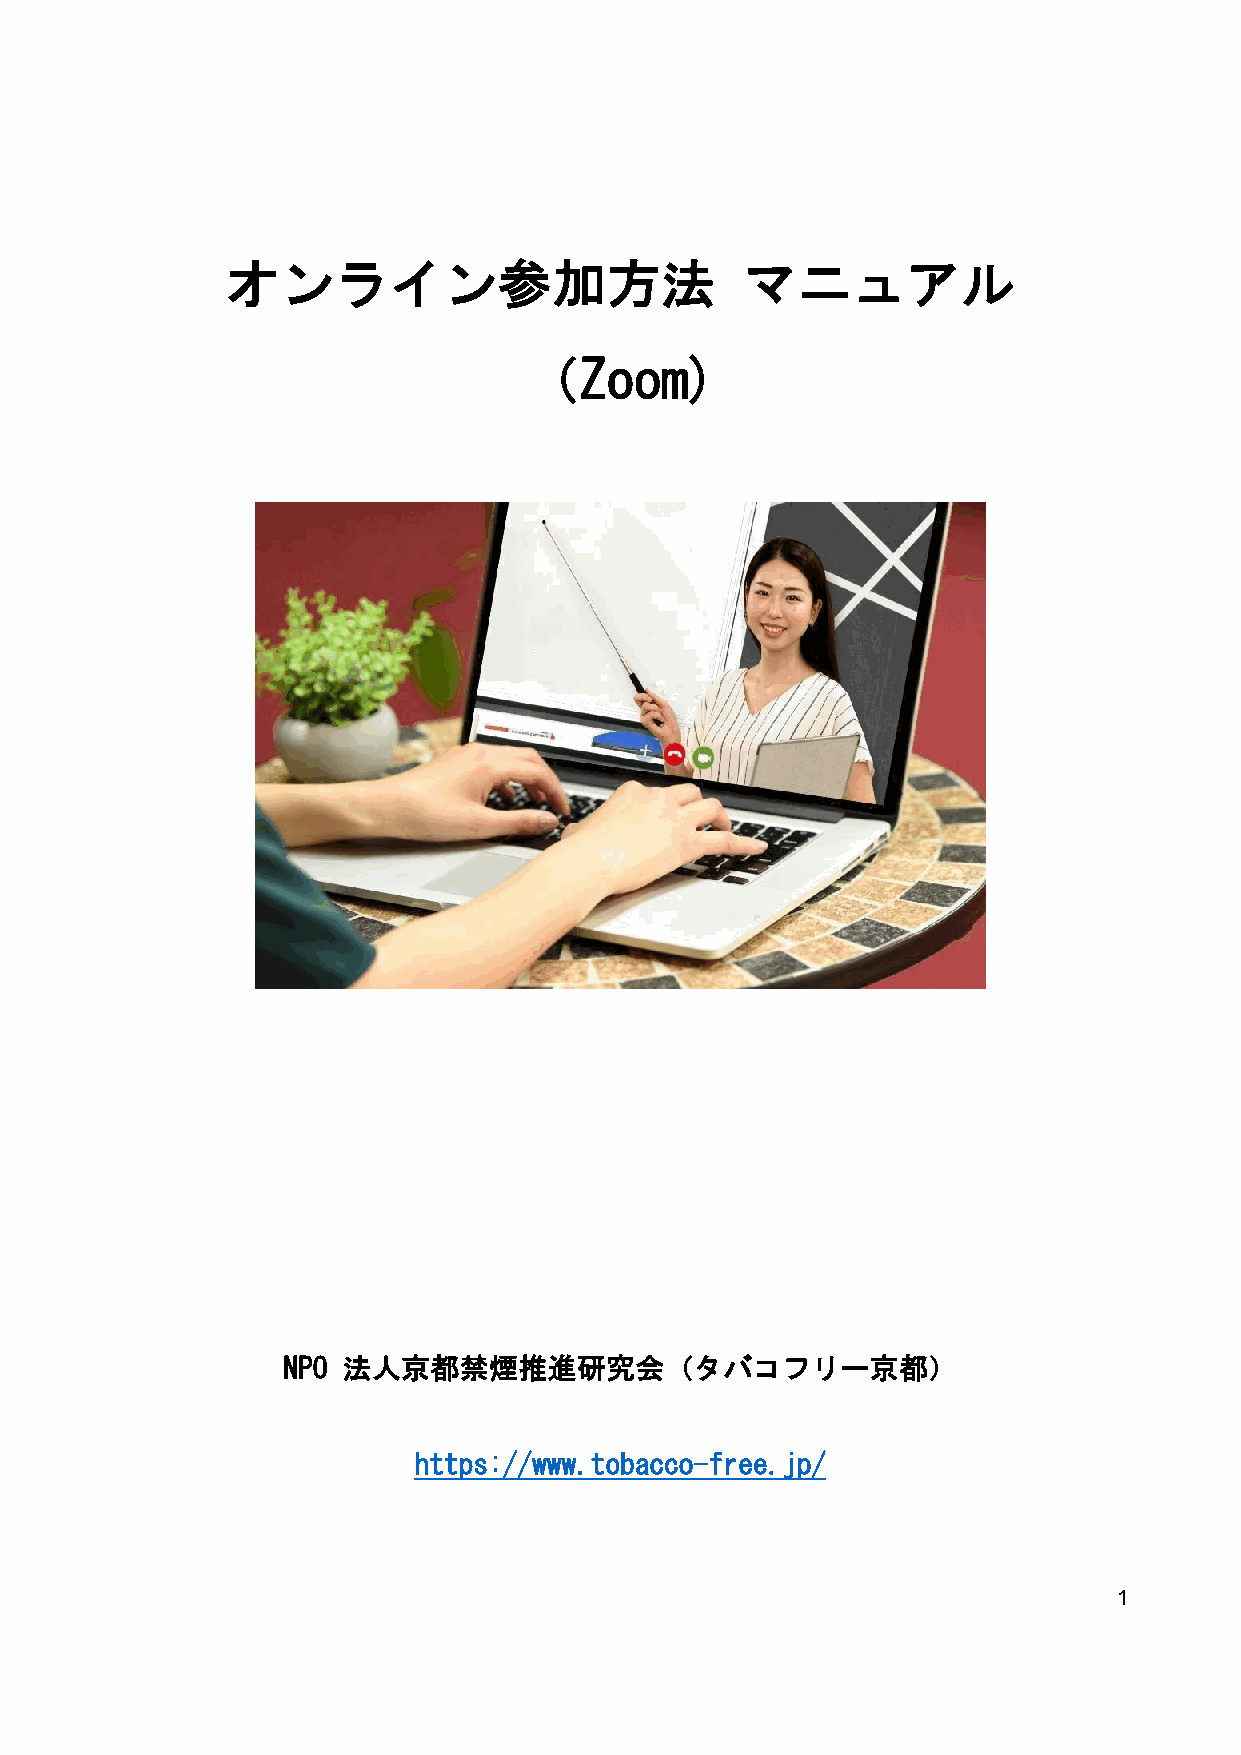
オンライン参加方法                         マニュアル
 （Zoom)
 NPO 法人京都禁煙推進研究会（タバコフリー京都）
 https://www.tobacco-free.jp/
 1